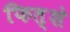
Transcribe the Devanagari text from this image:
फित्शे